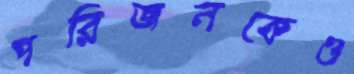
পরিজনকেও